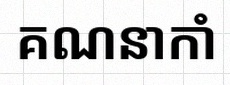
គណនាកាំ